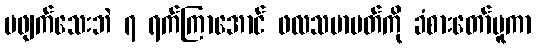
မဖျက်သေးဘဲ ၇ ရက်ကြာအောင် ဖလသမာပတ်ကို ခံစားတော်မူကာ